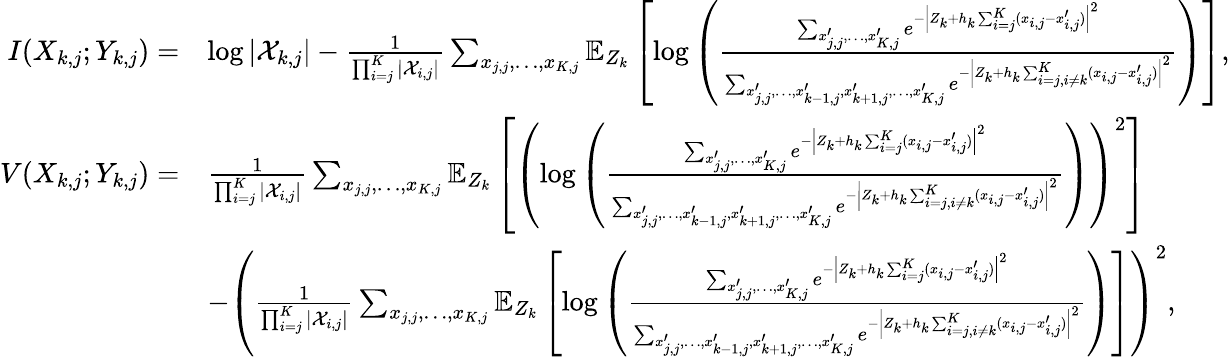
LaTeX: \begin{array}{rl}{I(X_{k,j};Y_{k,j})=}&{\log|\mathcal{X}_{k,j}|-\frac{1}{\prod_{i=j}^{K}|\mathcal{X}_{i,j}|}\sum_{x_{j,j},\ldots,x_{K,j}}\mathbb{E}_{Z_{k}}\left[\log\left(\frac{\sum_{x_{j,j}^{\prime},\ldots,x_{K,j}^{\prime}}e^{-\left|Z_{k}+h_{k}\sum_{i=j}^{K}(x_{i,j}-x_{i,j}^{\prime})\right|^{2}}}{\sum_{x_{j,j}^{\prime},\ldots,x_{k-1,j}^{\prime},x_{k+1,j}^{\prime},\ldots,x_{K,j}^{\prime}}e^{-\left|Z_{k}+h_{k}\sum_{i=j,i\neq k}^{K}(x_{i,j}-x_{i,j}^{\prime})\right|^{2}}}\right)\right],}\\ {V(X_{k,j};Y_{k,j})=}&{\frac{1}{\prod_{i=j}^{K}|\mathcal{X}_{i,j}|}\sum_{x_{j,j},\ldots,x_{K,j}}\mathbb{E}_{Z_{k}}\left[\left(\log\left(\frac{\sum_{x_{j,j}^{\prime},\ldots,x_{K,j}^{\prime}}e^{-\left|Z_{k}+h_{k}\sum_{i=j}^{K}(x_{i,j}-x_{i,j}^{\prime})\right|^{2}}}{\sum_{x_{j,j}^{\prime},\ldots,x_{k-1,j}^{\prime},x_{k+1,j}^{\prime},\ldots,x_{K,j}^{\prime}}e^{-\left|Z_{k}+h_{k}\sum_{i=j,i\neq k}^{K}(x_{i,j}-x_{i,j}^{\prime})\right|^{2}}}\right)\right)^{2}\right]}\\ &{-\left(\frac{1}{\prod_{i=j}^{K}|\mathcal{X}_{i,j}|}\sum_{x_{j,j},\ldots,x_{K,j}}\mathbb{E}_{Z_{k}}\left[\log\left(\frac{\sum_{x_{j,j}^{\prime},\ldots,x_{K,j}^{\prime}}e^{-\left|Z_{k}+h_{k}\sum_{i=j}^{K}(x_{i,j}-x_{i,j}^{\prime})\right|^{2}}}{\sum_{x_{j,j}^{\prime},\ldots,x_{k-1,j}^{\prime},x_{k+1,j}^{\prime},\ldots,x_{K,j}^{\prime}}e^{-\left|Z_{k}+h_{k}\sum_{i=j,i\neq k}^{K}(x_{i,j}-x_{i,j}^{\prime})\right|^{2}}}\right)\right]\right)^{2},}\end{array}